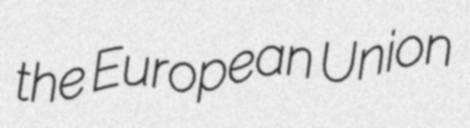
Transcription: the European Union